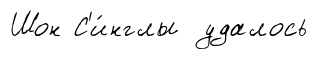
Шон С'и́нглы удалось